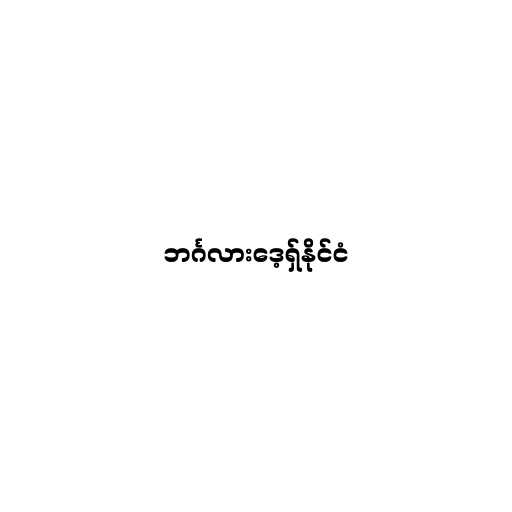
ဘင်္ဂလားဒေ့ရှ်နိုင်ငံ